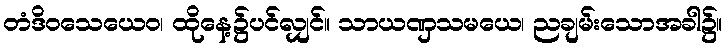
တံဒိဝသေယေဝ၊ ထိုနေ့၌ပင်လျှင်။ သာယဏှသမယေ၊ ညချမ်းသောအခါ၌။